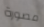
مصورة